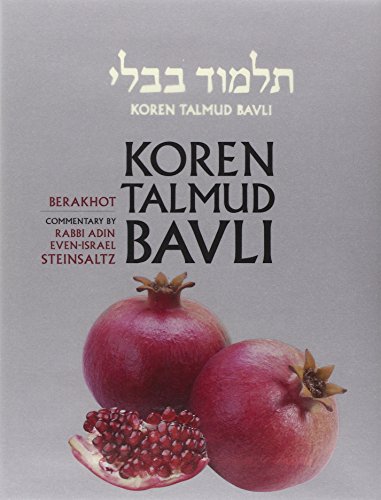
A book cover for Koren Talmud Bavli, Vol.1: Berakhot, Hebrew/English, Standard (Color) (English and Hebrew Edition); Adin Even-Israel Steinsaltz; Religion & Spirituality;